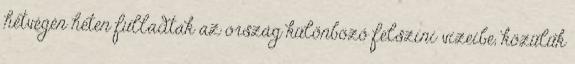
hétvégén heten fulladtak az ország különböző felszíni vizeibe, közülük